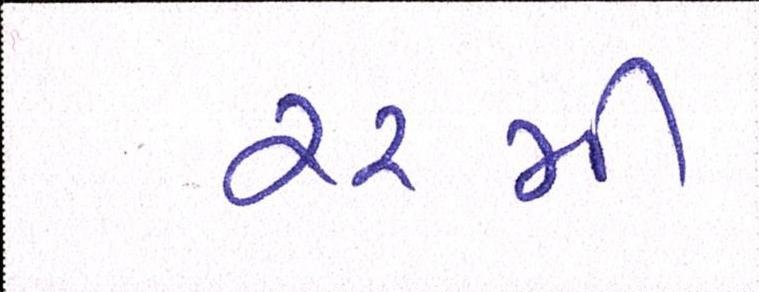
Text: ૨૨મી